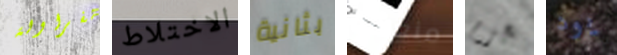
الفراولة الاختلاط بثانية منعشة بحزم يود